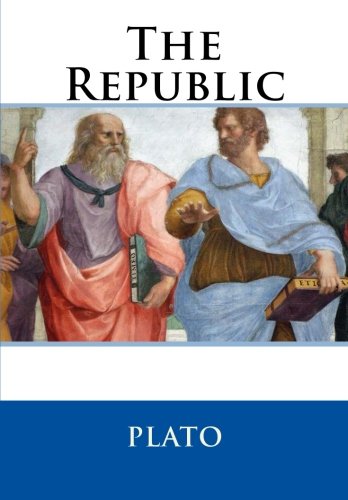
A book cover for The Republic; Plato; Politics & Social Sciences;